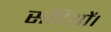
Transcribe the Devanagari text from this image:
सदियों।